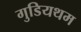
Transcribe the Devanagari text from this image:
गुडियथम